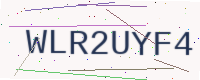
Text: WLR2UYF4